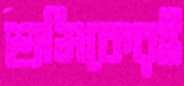
শ্রমিকেরই